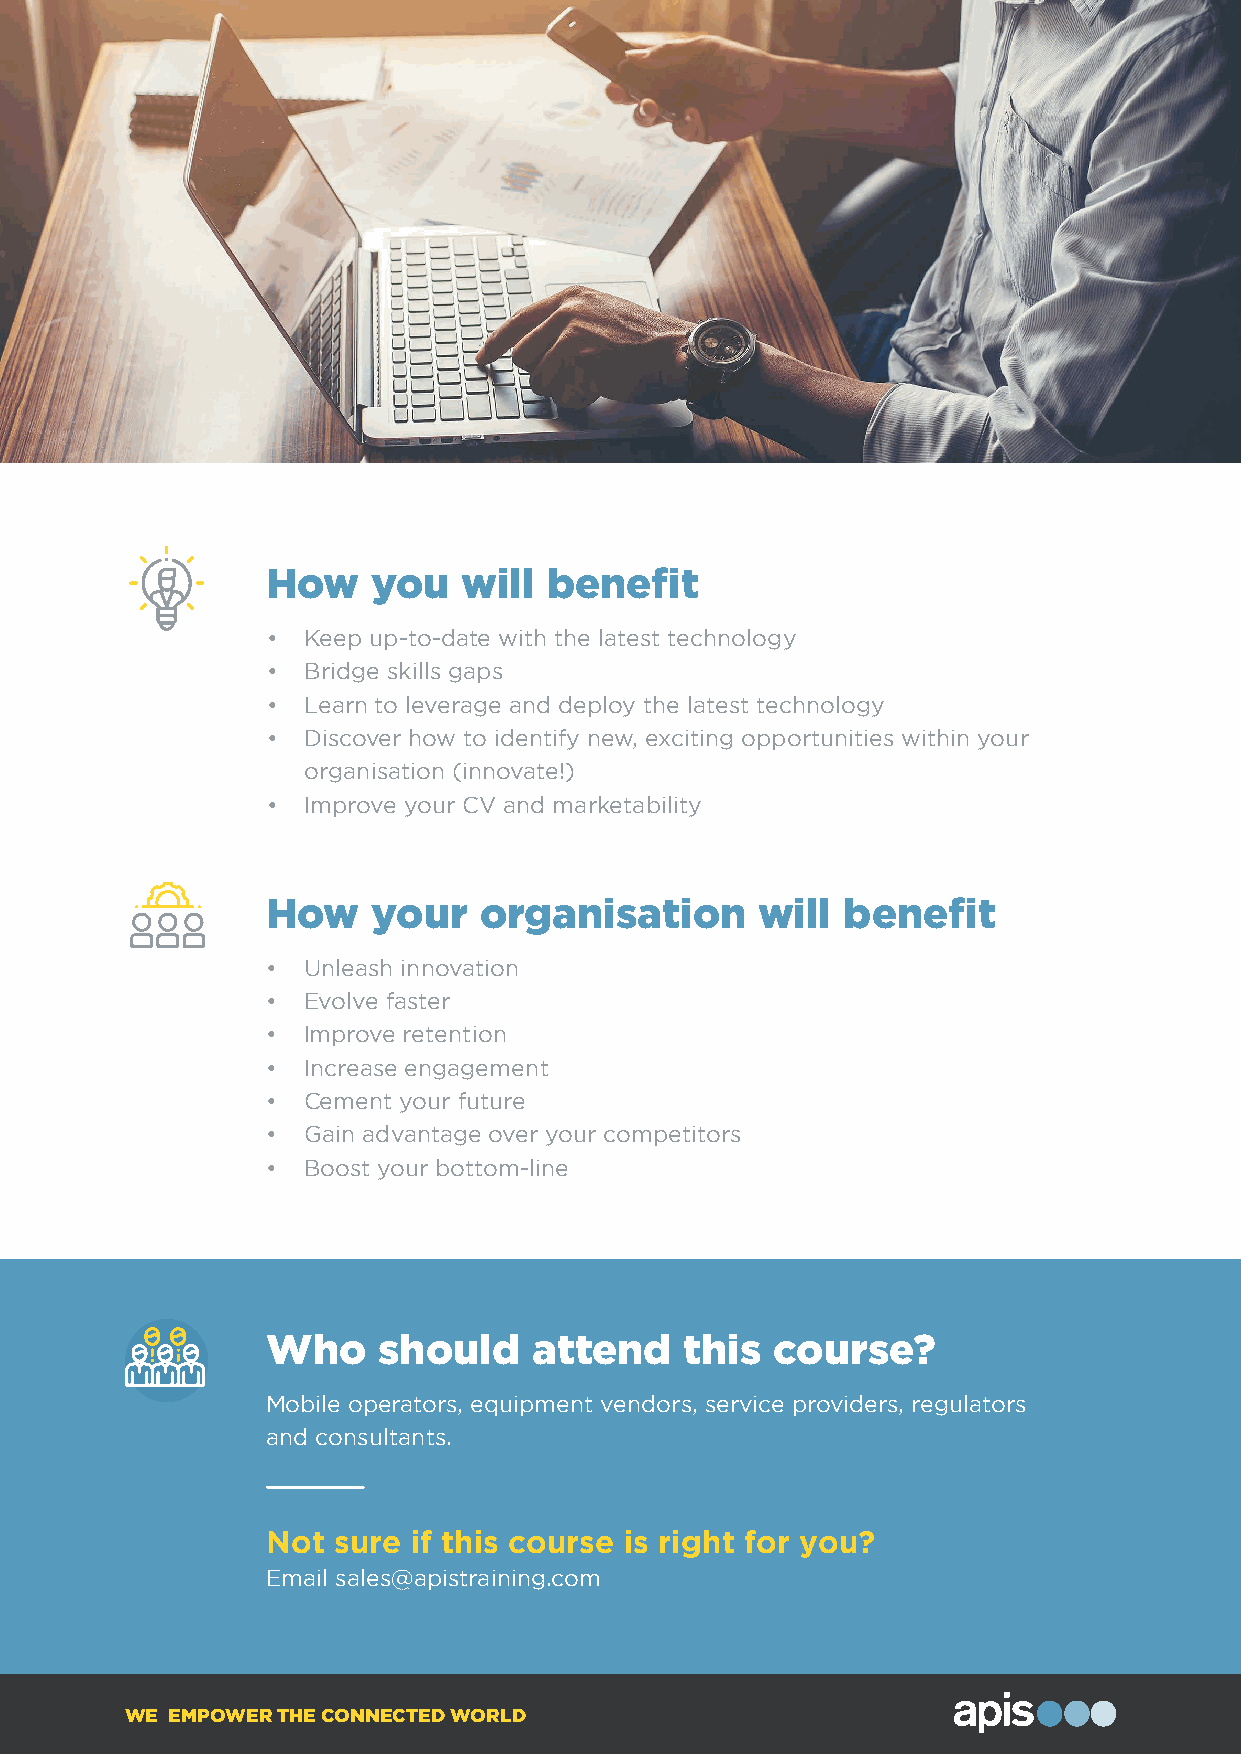
How    you   will benefit
 • Keep up-to-date with the latest technology
 • Bridge skills gaps
 • Learn to leverage and deploy the latest technology
 • Discover how to identify new, exciting opportunities within your
 organisation (innovate!)
 • Improve your CV and marketability
 How    your   organisation      will  benefit
 • Unleash innovation
 • Evolve faster
 • Improve retention
 • Increase engagement
 • Cement your future
 • Gain advantage over your competitors
 • Boost your bottom-line
 Who    should    attend    this  course?
 Mobile operators, equipment vendors, service providers, regulators
 and consultants.
 Not sure if this course is right for you?
 Email sales@apistraining.com
 WE EMPOWER THE CONNECTED WORLD